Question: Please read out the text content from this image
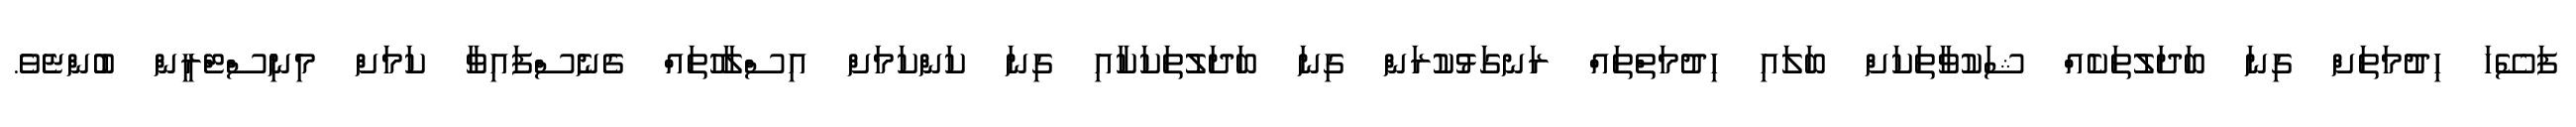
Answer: ފަސޭހަ ހިދުމަތަށް ގިނަ ބަދަލުތަކެއް ޝަކުވާތަކަށް ބަލައި ހިދުމަތްތައް ރަނގަޅުކުރަން ގިނަ ބަދަލުތަކަކާއި ގިނަ ކަންކަމަށް އިސްލާހުތައް ގެނެސްފައިވާ ކަމަށް މިނިސްޓްރީން ބުންޏެވެ.